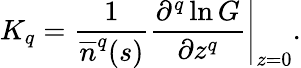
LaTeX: K_{q}=\frac{1}{\overline{{n}}^{q}(s)}\left.\frac{\partial^{q}\ln G}{\partial z^{q}}\right|_{z=0}.